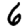
Digit: 6